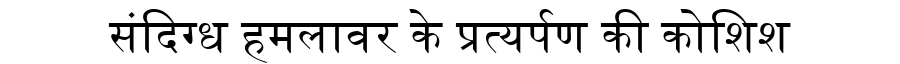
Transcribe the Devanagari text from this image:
संदिग्ध हमलावर के प्रत्यर्पण की कोशिश